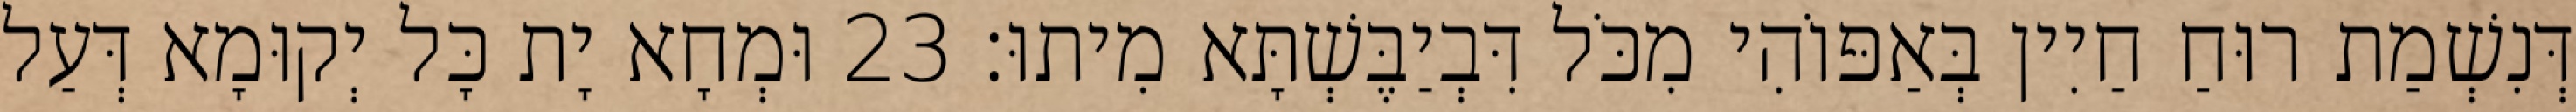
דְּנִשְׁמַת רוּחַ חַיִין בְּאַפּוֹהִי מִכֹּל דִּבְיַבֶּשְׁתָּא מִיתוּ׃ 23 וּמְחָא יָת כָּל יְקוּמָא דְּעַל